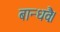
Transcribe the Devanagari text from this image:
बान्धवैः।